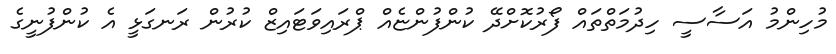
މުހިންމު އަސާސީ ހިދުމަތްތައް ފޯރުކޮށްދޭ ކުންފުންޏެއް ޕްރައިވަޓައިޒް ކުރުން ރަނގަޅީ އެ ކުންފުނީގެ